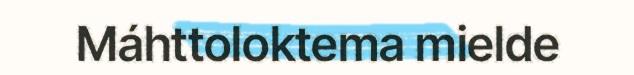
Máhttoloktema mielde